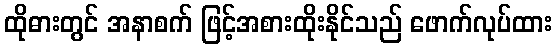
ထိုဓားတွင် အနာစက် ဖြင့်အစားထိုးနိုင်သည် ဖောက်လုပ်ထား